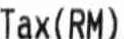
TAX(RM)